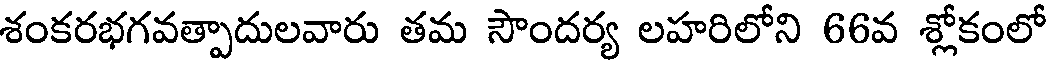
శంకరభగవత్పాదులవారు తమ సౌందర్య లహరిలోని 66వ శ్లోకంలో